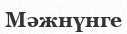
Мәжнүнге